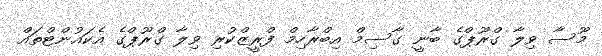
މޫސާ ވިލާ ގްރޫޕްގެ ބާނީ ގާސިމް އިބްރާހިމް ފްރީޒްކުރި ވިލާ ގްރޫޕްގެ އެކައުންޓްތައް